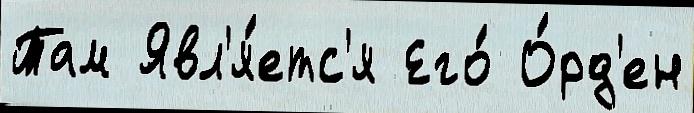
Там Явл'я́етс'я Его́ О́рд'ен